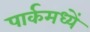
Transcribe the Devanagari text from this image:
पार्कमध्यें